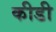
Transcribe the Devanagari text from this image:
कीडी